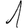
Digit: 1